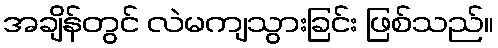
အချိန်တွင် လဲမကျသွားခြင်း ဖြစ်သည်။